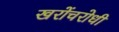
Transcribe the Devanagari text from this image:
खरोंचरोधी